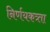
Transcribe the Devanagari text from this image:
निर्णयकत्र्ता